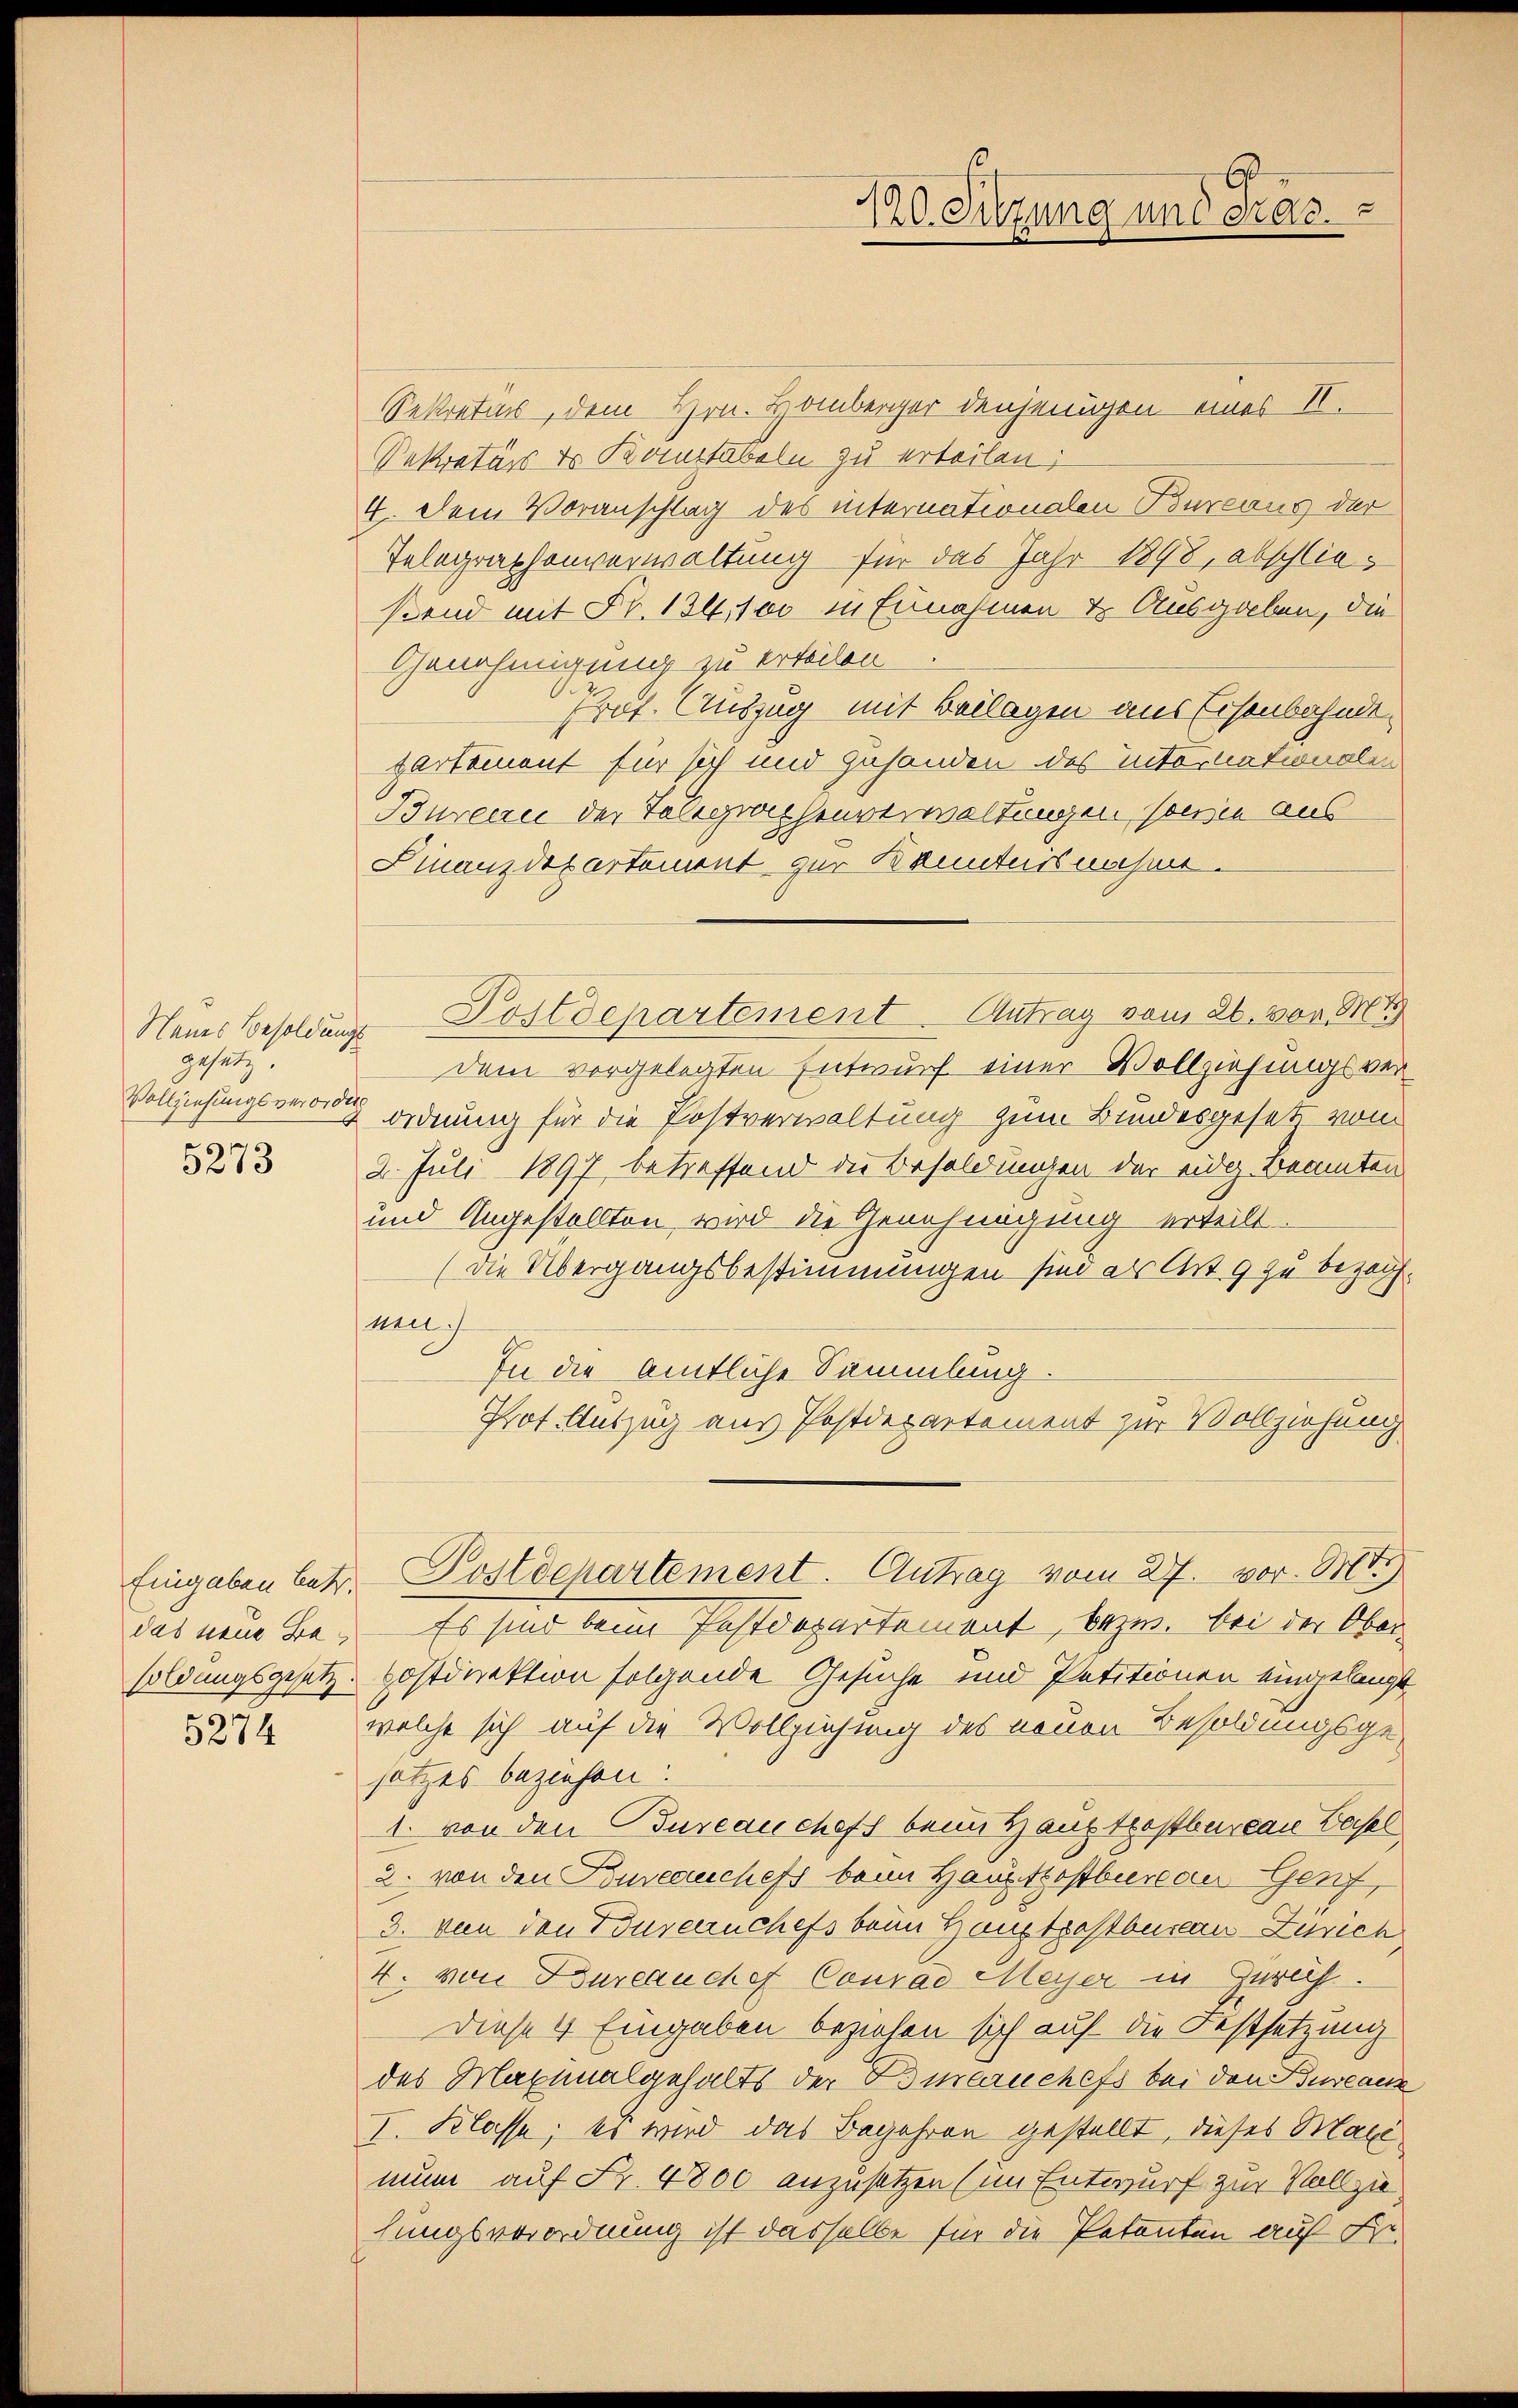
Neues Besoldungs
gesetz.
Vollziehungsverordne
.

5273

das neue Ba

Sekretärs, dem Hrn. Homberger denjenigen eines II.
Sekretärs er Komitabeln zu erteilen;
4. Dem Voranschlag des internationalen Bureaus der
Telegraphenverwaltung für das Jahr 1898, abschließend mit Fr. 134,100 in Eunahmen & Ausgaben, die
Genehmigung zu erteilen
Prof. Auszug mit Beilagen aus Eisenbahnde
partement für sich und zuhanden des Intertationale
Bureau der Telegraphenverwaltungen sowie aus
Finanzdepartement zur Kenntnisnahme.
Postdepartement. Antrag vom 26. von M
dem vorgelegten Entwurf einer Vollziehungsverordnung für die Postverwaltung zum Bundesgesetz von
2. Juli 1897 betreffend die Besoldungen der eidg. Beamten
und Angestellten wird die Genehmigung erteilt.
(Die Übergangsbestimmungen sind als Art. 9 zu bezeichnen.
In die amtliche Sammlung.
Prot. Antzug aus Postdepartement zur Vollziehung
Eingaben betr. Postdchartement. Antrag vom 27. vor. Mt.
Es sind beim Postdepartement, bezw. bei der Obersoldungsgesetz Hostdirektion folgende Gesuche und Petitionen eingelangt
814 welche sich auf die Vollziehung des neuen Besoldungsgesetzes beziehen:
1. von den Bureau cheff beim Hauptrostbureau Basel
2. von den Kouveauchefs beim Hauptkostbureau Genf,
3. Von den Toureuchefs beim Hauptzahlbureau-Zürich
4. von Bureaucher Conrad Meyer in Zureih.
Diese 4 Eingaben beziehen sich auf die Festsetzung
des Maximalgehalts der Bianchefs bei den Bureaux
I. Klasse; es wird das Begehren gestellt, dieses Maxinun auf Fr. 4800 anzusetzen (im Entwurf zur Vollzie
hungsverordnung ist dasselbe für die Petenten auf Fr.

120. Sitzung und Pras.